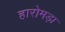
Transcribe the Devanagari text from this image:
हारोमड़ा